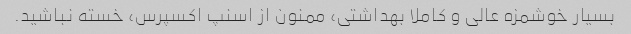
بسیار خوشمزه عالی و کاملا بهداشتی، ممنون از اسنپ اکسپرس، خسته نباشید.